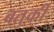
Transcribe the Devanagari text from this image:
बतुर्की